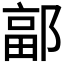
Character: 𮠄